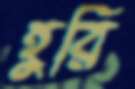
হুরি